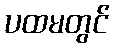
ပထမတွင်